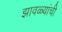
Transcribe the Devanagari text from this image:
झावळ्यांची